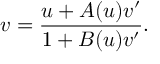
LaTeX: v = \frac { u + A ( u ) v ^ { \prime } } { 1 + B ( u ) v ^ { \prime } } .